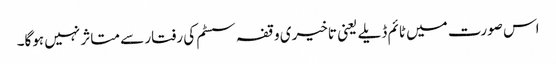
اس صورت میں ٹائم ڈیلے یعنی تاخیری وقفہ سسٹم کی رفتار سے متاثر نہیں ہوگا۔